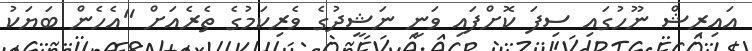
އައިރިޝް ނޫހުގައި ސިފަ ކޮށްފައި ވަނީ ނަޝީދުގެ ވެރިކަމުގެ ތެރެއަށް "އެހެން ބަޔަކު